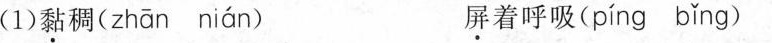
(1)黏稠( zhān nián ) 屏着呼吸( píng bǐng )